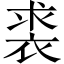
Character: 裘